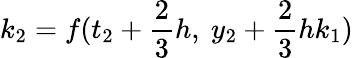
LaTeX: k_{2}=f(t_{2}+{\frac{2}{3}}h,\ y_{2}+{\frac{2}{3}}hk_{1})